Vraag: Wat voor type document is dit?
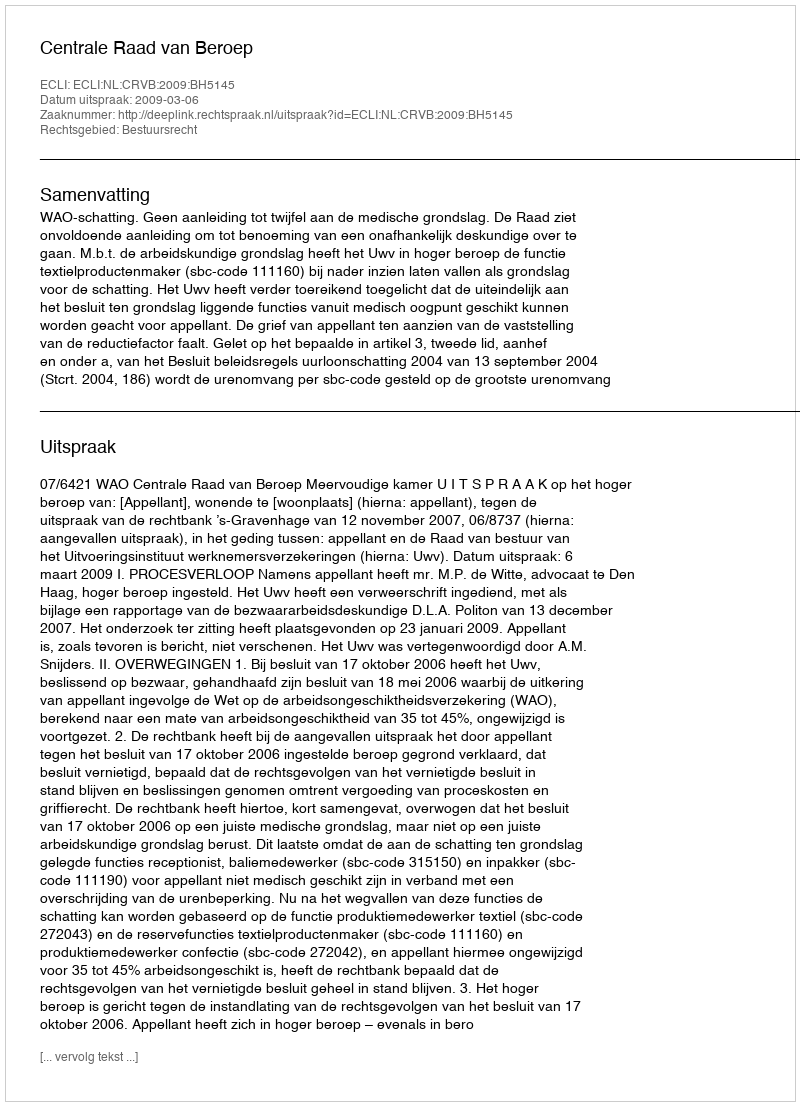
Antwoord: Uitspraak